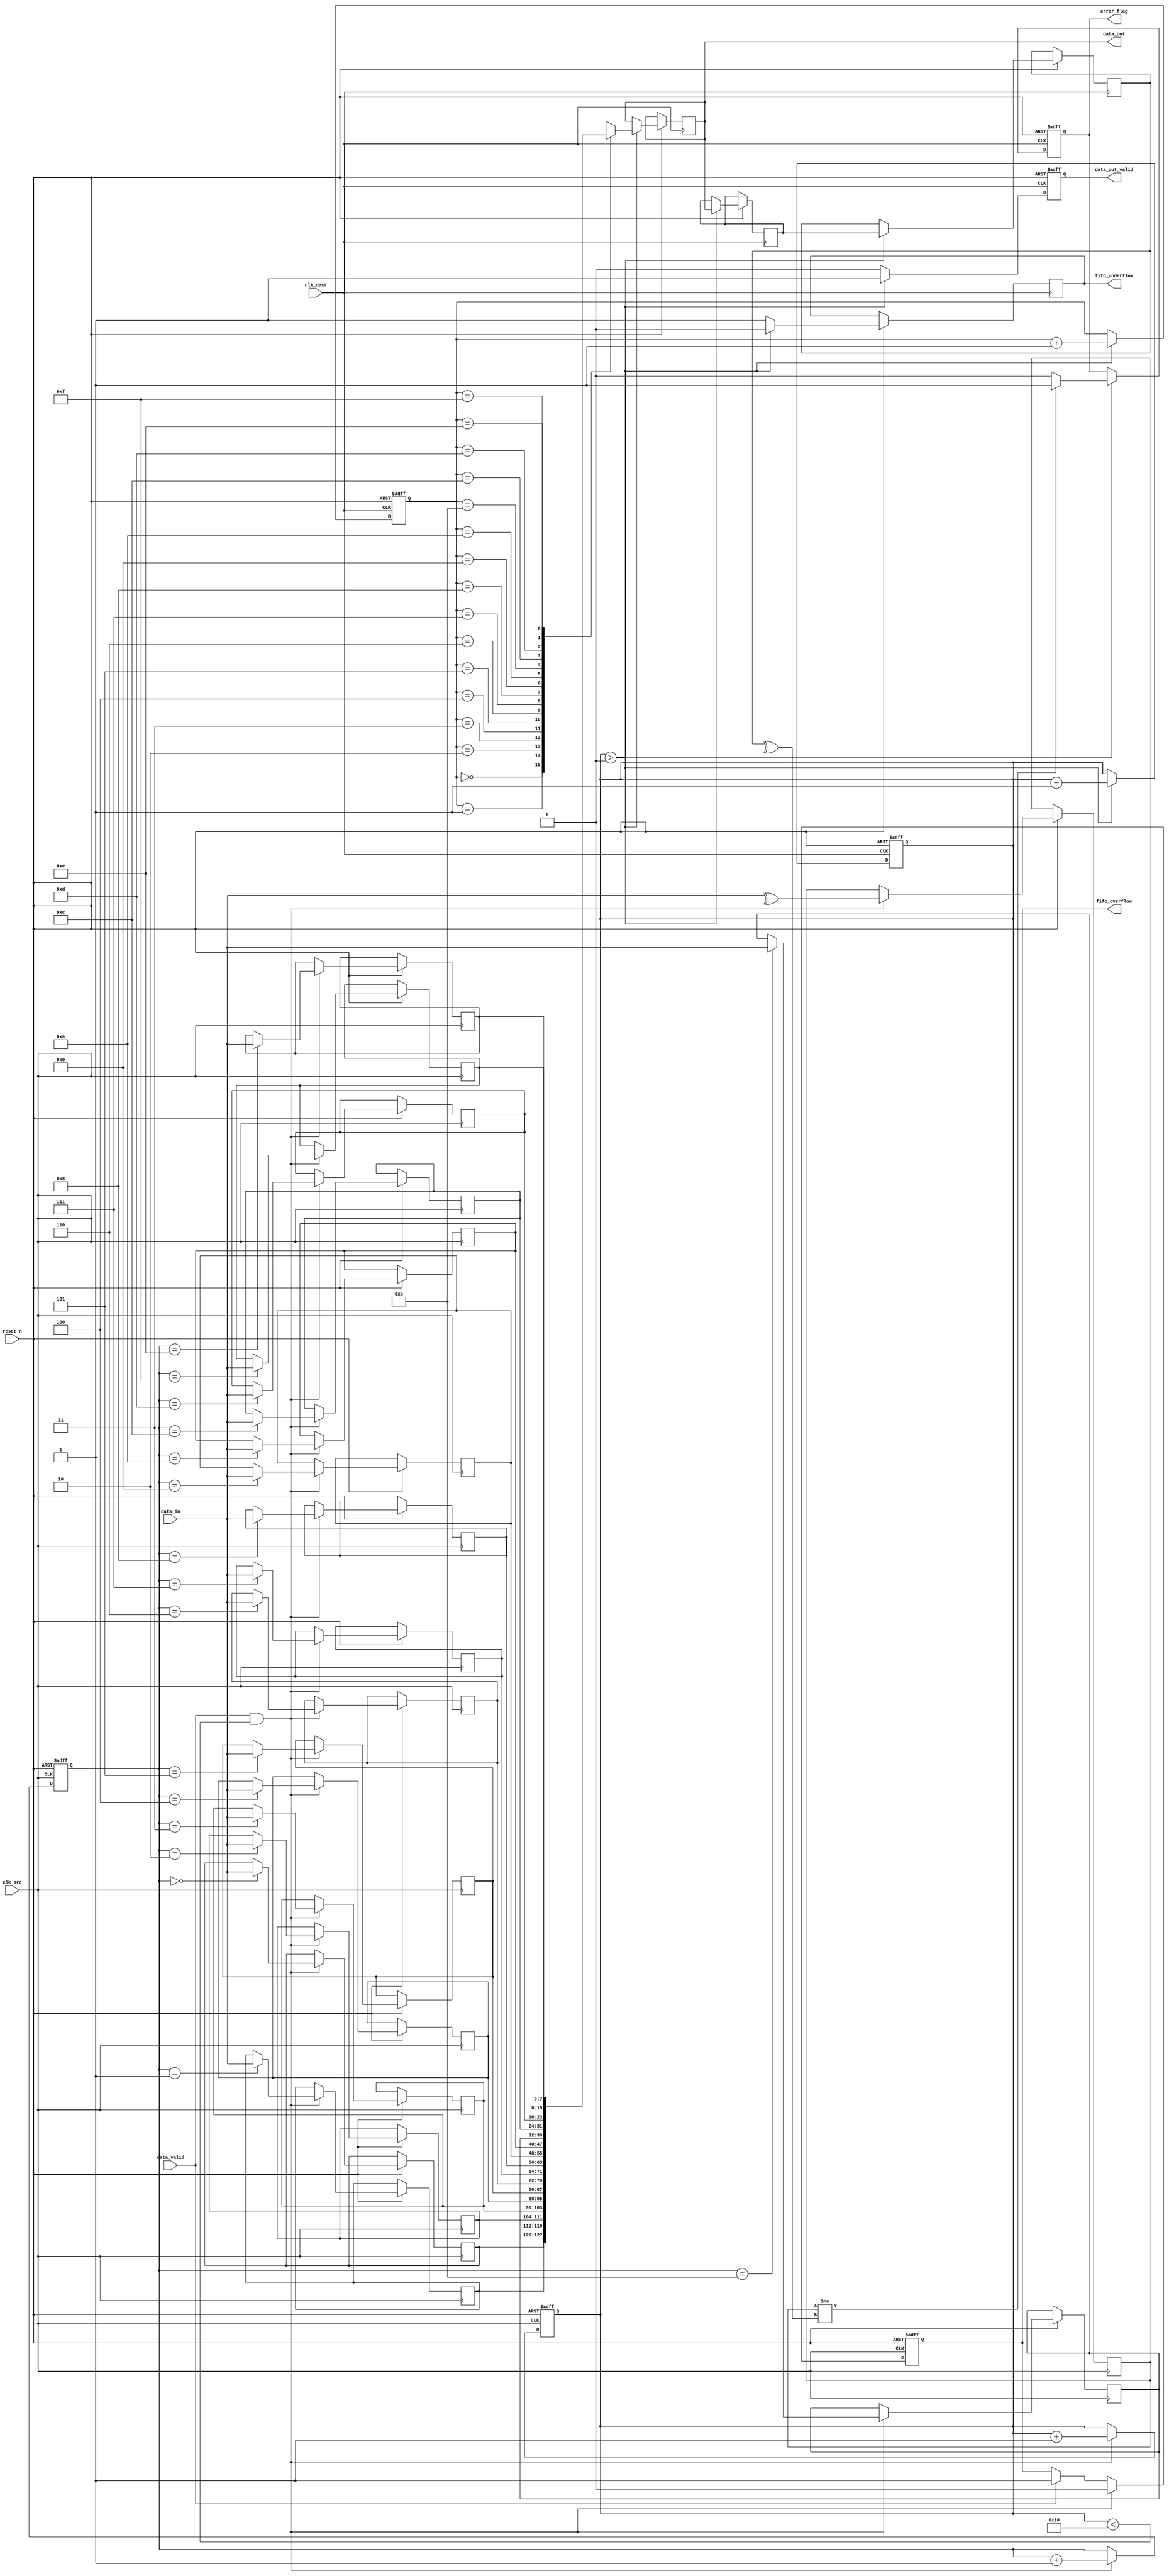
module cdc_memory_blocks (
    input wire clk_src,          // Source clock
    input wire clk_dest,         // Destination clock
    input wire reset_n,          // Active low reset
    input wire [7:0] data_in,    // Data input from source clock domain
    input wire data_valid,        // Data valid signal
    output reg [7:0] data_out,    // Data output to destination clock domain
    output reg data_out_valid,    // Data valid signal for output
    output reg error_flag,        // Error flag for parity error
    output reg fifo_overflow,     // FIFO overflow indicator
    output reg fifo_underflow      // FIFO underflow indicator
);

    // FIFO parameters
    parameter FIFO_DEPTH = 16;    // FIFO depth
    parameter ADDR_WIDTH = 4;      // Address width for FIFO (log2(FIFO_DEPTH))
    
    // FIFO signals
    reg [7:0] fifo_mem [0:FIFO_DEPTH-1]; // FIFO memory array
    reg [ADDR_WIDTH-1:0] write_ptr; // Write pointer
    reg [ADDR_WIDTH-1:0] read_ptr;  // Read pointer
    reg [ADDR_WIDTH:0] fifo_count;   // FIFO count

    // Synchronization signals
    reg [7:0] sync_data1, sync_data2;
    reg sync_valid1, sync_valid2;

    // Parity generation and checking
    wire parity_bit;
    reg received_parity_bit;
    
    // Parity calculation
    assign parity_bit = ^data_in; // Even parity bit

    // FIFO write process in source clock domain
    always @(posedge clk_src or negedge reset_n) begin
        if (!reset_n) begin
            write_ptr <= 0;
            fifo_count <= 0;
            fifo_overflow <= 0;
        end else begin
            if (data_valid && (fifo_count < FIFO_DEPTH)) begin
                fifo_mem[write_ptr] <= data_in;
                received_parity_bit <= parity_bit; // Store parity bit
                write_ptr <= write_ptr + 1;
                fifo_count <= fifo_count + 1;
                fifo_overflow <= 0;
            end else if (data_valid) begin
                fifo_overflow <= 1; // Set overflow if FIFO is full
            end
        end
    end

    // FIFO read process in destination clock domain
    always @(posedge clk_dest or negedge reset_n) begin
        if (!reset_n) begin
            read_ptr <= 0;
            fifo_count <= 0;
            data_out_valid <= 0;
            error_flag <= 0;
        end else begin
            if (fifo_count > 0) begin
                data_out <= fifo_mem[read_ptr];
                data_out_valid <= 1;
                // Synchronize data to destination clock domain
                sync_data1 <= data_out;
                sync_valid1 <= 1;

                // Two-stage synchronization
                sync_data2 <= sync_data1;
                sync_valid2 <= sync_valid1;

                // Check parity
                if (received_parity_bit != ^sync_data2) begin
                    error_flag <= 1; // Set error if parity does not match
                end else begin
                    error_flag <= 0; // No error
                end

                read_ptr <= read_ptr + 1;
                fifo_count <= fifo_count - 1;
                fifo_underflow <= 0;
            end else begin
                data_out_valid <= 0;
                fifo_underflow <= 1; // Set underflow if FIFO is empty
            end
        end
    end

endmodule